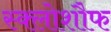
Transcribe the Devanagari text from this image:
स्क्लोशौफ